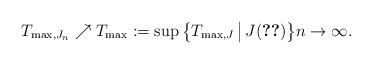
LaTeX: \begin{align*}T_{\mathrm{max}, J_{n}} \nearrow T_{\mathrm{max}} := \sup\big\{T_{\mathrm{max}, J} \,\big|\, J (\ref{EQUATION_SET_J_NONTRIVIAL})\big\} n \to \infty.\end{align*}